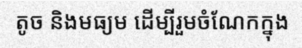
តូច និងមធ្យម ដើម្បីរួមចំណែកក្នុង